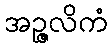
အဉ္ဇလိကံ